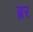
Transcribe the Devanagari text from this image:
ब्रर